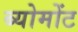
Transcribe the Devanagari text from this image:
ब्योमोंट